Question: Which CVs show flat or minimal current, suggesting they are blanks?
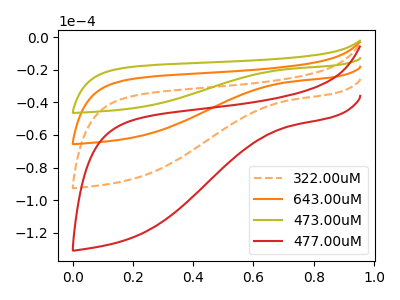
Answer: <think>The orange dashed curve "322.00uM" has no peaks. The orange curve "643.00uM" has no peaks. The olive curve "473.00uM" has no peaks. The red curve "477.00uM" has no peaks.</think>
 <answer>"322.00uM", "643.00uM", "473.00uM" and "477.00uM" are likely to be blanks.</answer>
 <eval>"322.00uM", "643.00uM", "473.00uM", "477.00uM"</eval>